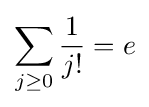
\sum _{j\geq 0}{\frac {1}{j!}}=e